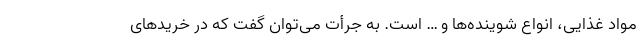
مواد غذایی، انواع شوینده‌ها و … است. به جرأت می‌توان گفت که در خریدهای